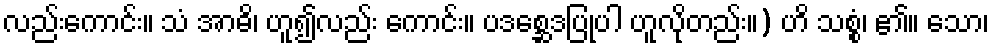
လည်းကောင်း။ သံ အာဓိ၊ ဟူ၍လည်း ကောင်း။ ပဒစ္ဆေဒပြုပါ ဟူလိုတည်း။) ဟိ သစ္စံ၊ ၏။ သော၊